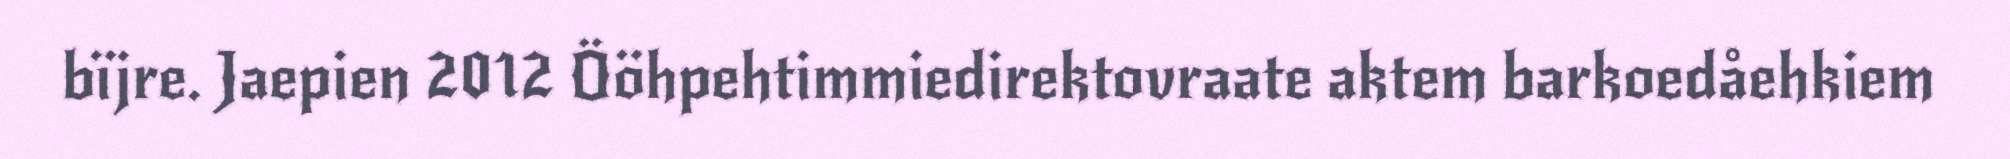
bïjre. Jaepien 2012 Ööhpehtimmiedirektovraate aktem barkoedåehkiem